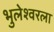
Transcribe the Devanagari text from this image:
भुलेश्वरला